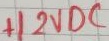
Text: +12VDC